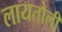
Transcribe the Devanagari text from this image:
लायतोली